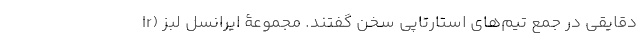
دقایقی در جمع تیم‌های استارتاپی سخن گفتند. مجموعۀ ایرانسل لبز (Ir